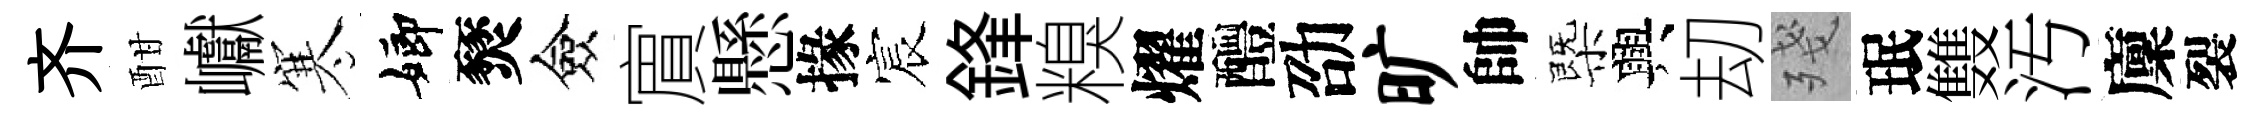
齐酣巘寒嫏燹僉賔懸掾宸鋒糗燿醴劭旷帥㮣興刧殘珉䨇汚廩裂